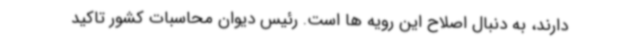
دارند، به دنبال اصلاح این رویه ها است. رئیس دیوان محاسبات کشور تاکید